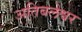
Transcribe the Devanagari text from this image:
अतिबलेश्वर